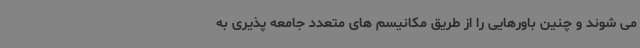
می شوند و چنین باورهایی را از طریق مکانیسم های متعدد جامعه پذیری به